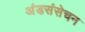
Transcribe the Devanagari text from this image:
अंडसंसेचन